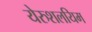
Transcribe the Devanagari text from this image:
येरुशलयिम